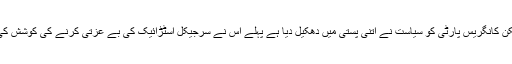
لیکن کانگریس پارٹی کو سیاست نے اتنی پستی میں دھکیل دیا ہے پہلے اس نے سرجیکل اسٹڑائیک کی بے عزتی کرنے کی کوشش کی ۔